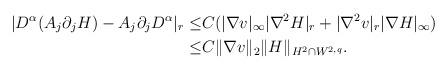
LaTeX: \begin{align*}| D^\alpha(A_j \partial_j H)-A_j \partial_jD^\alpha|_r\leq& C(|\nabla v|_{\infty}|\nabla^2 H|_r+|\nabla^2 v|_r |\nabla H|_{\infty})\\\leq& C\|\nabla v\|_2 \|H\|_{ H^2 \cap W^{2,q}}.\end{align*}